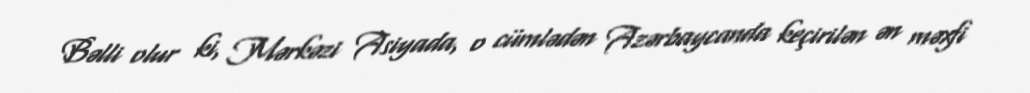
Bəlli olur ki, Mərkəzi Asiyada, o cümlədən Azərbaycanda keçirilən ən məxfi